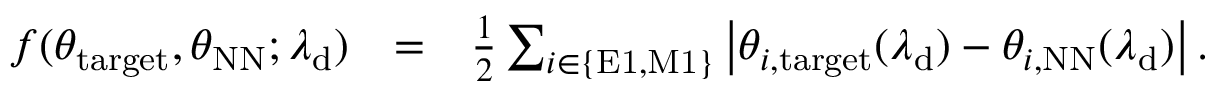
\begin{array} { r l r } { f ( \theta _ { \mathrm { t a r g e t } } , \theta _ { \mathrm { N N } } ; \lambda _ { \mathrm { d } } ) } & { = } & { \frac { 1 } { 2 } \sum _ { i \in \{ \mathrm { E 1 , M 1 } \} } \left| \theta _ { i , \mathrm { t a r g e t } } ( \lambda _ { \mathrm { d } } ) - \theta _ { i , \mathrm { N N } } ( \lambda _ { \mathrm { d } } ) \right| . } \end{array}